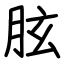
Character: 胘